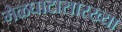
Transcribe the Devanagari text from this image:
मेळघाटासारख्या